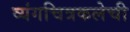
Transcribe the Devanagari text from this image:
व्यंगचित्रकलेची